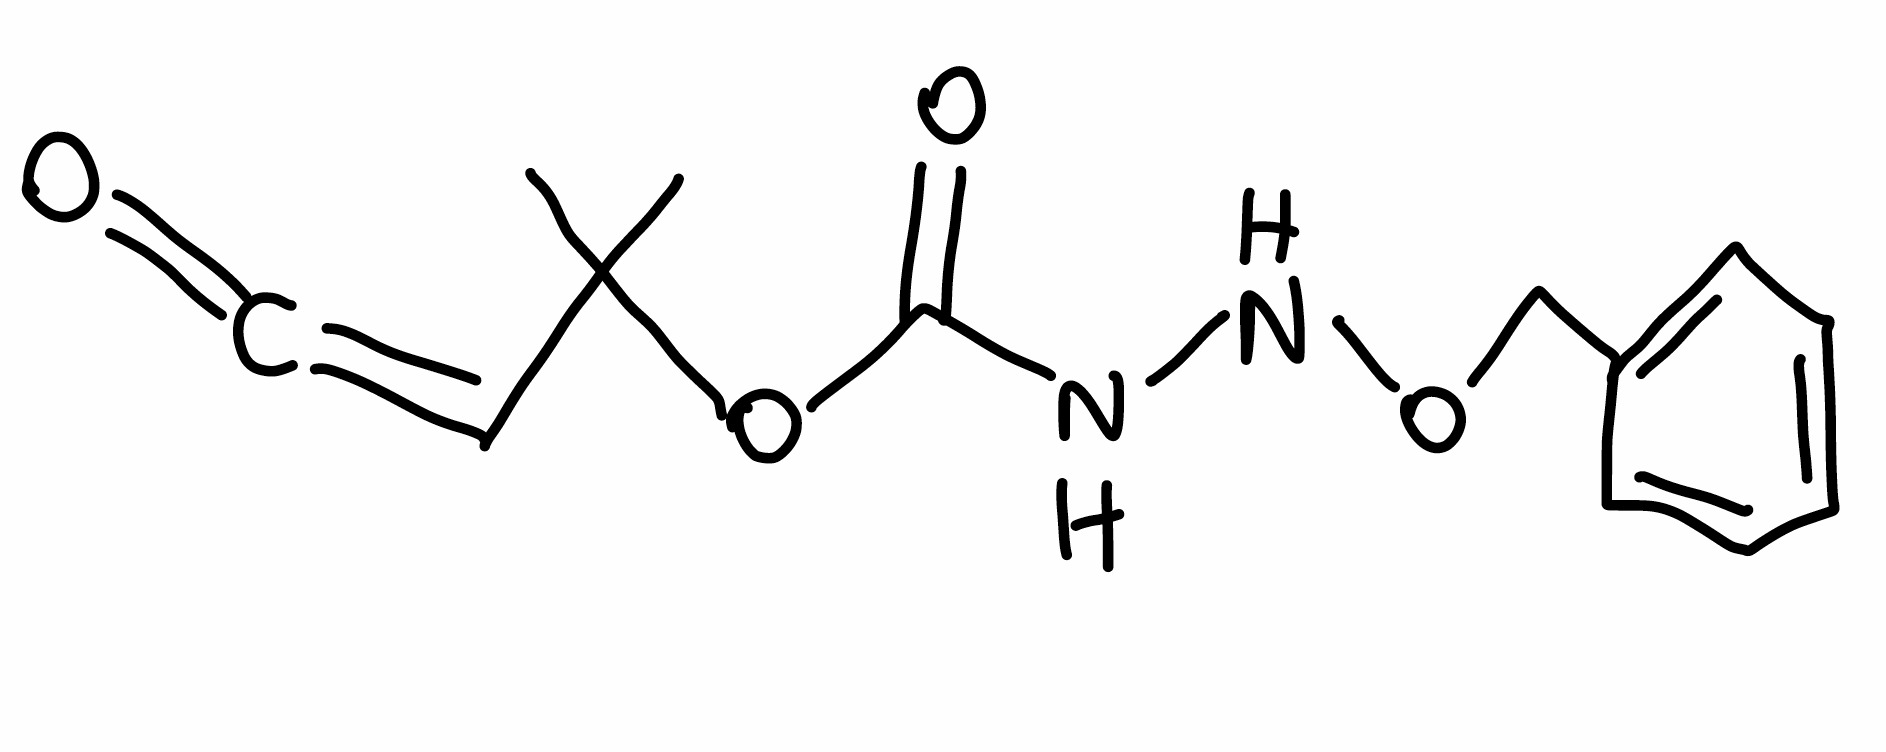
Simplified molecular-input line-entry system (SMILES) notation of the given molecule:
CC(C)(C=C=O)OC(=O)NNOCC1=CC=CC=C1